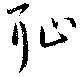
耻